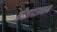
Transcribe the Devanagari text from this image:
कौलादरम्यान